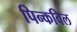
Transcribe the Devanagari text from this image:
पिन्कविल